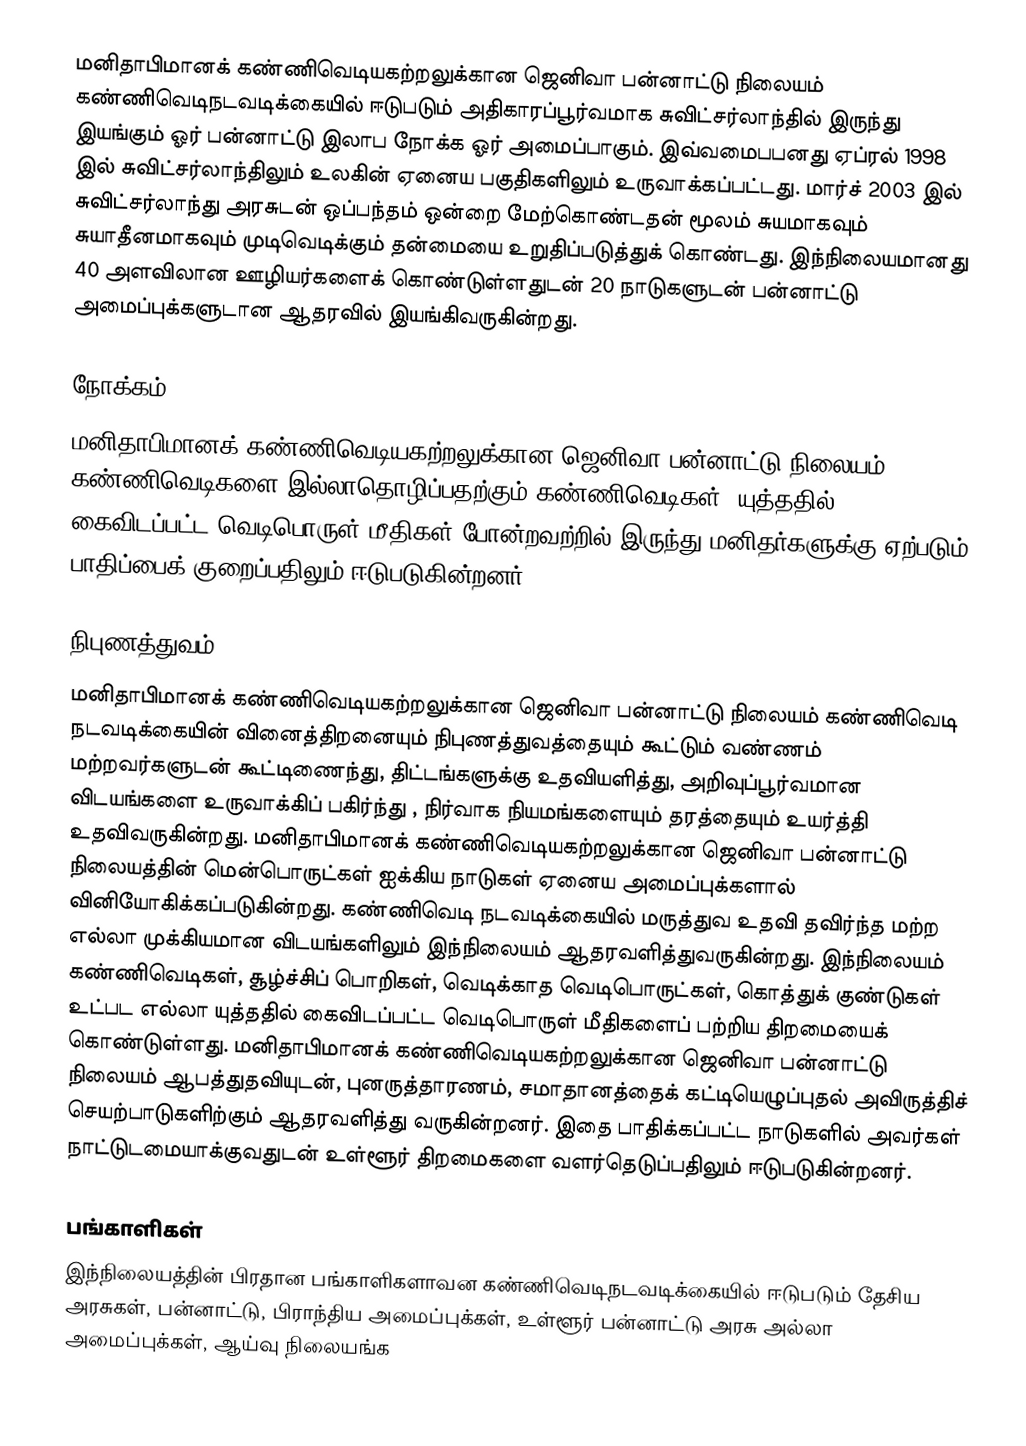
மனிதாபிமானக் கண்ணிவெடியகற்றலுக்கான ஜெனிவா பன்னாட்டு நிலையம் கண்ணிவெடிநடவடிக்கையில் ஈடுபடும் அதிகாரப்பூர்வமாக சுவிட்சர்லாந்தில் இருந்து இயங்கும் ஓர் பன்னாட்டு இலாப நோக்க ஓர் அமைப்பாகும். இவ்வமைபபனது ஏப்ரல் 1998 இல் சுவிட்சர்லாந்திலும் உலகின் ஏனைய பகுதிகளிலும் உருவாக்கப்பட்டது. மார்ச் 2003 இல் சுவிட்சர்லாந்து அரசுடன் ஒப்பந்தம் ஒன்றை மேற்கொண்டதன் மூலம் சுயமாகவும் சுயாதீனமாகவும் முடிவெடிக்கும் தன்மையை உறுதிப்படுத்துக் கொண்டது. இந்நிலையமானது 40 அளவிலான ஊழியர்களைக் கொண்டுள்ளதுடன் 20 நாடுகளுடன் பன்னாட்டு அமைப்புக்களுடான ஆதரவில் இயங்கிவருகின்றது.

நோக்கம்
மனிதாபிமானக் கண்ணிவெடியகற்றலுக்கான ஜெனிவா பன்னாட்டு நிலையம் கண்ணிவெடிகளை இல்லாதொழிப்பதற்கும் கண்ணிவெடிகள்,  யுத்ததில் கைவிடப்பட்ட வெடிபொருள் மீதிகள் போன்றவற்றில் இருந்து மனிதர்களுக்கு ஏற்படும் பாதிப்பைக் குறைப்பதிலும் ஈடுபடுகின்றனர்.

நிபுணத்துவம்
மனிதாபிமானக் கண்ணிவெடியகற்றலுக்கான ஜெனிவா பன்னாட்டு நிலையம் கண்ணிவெடி நடவடிக்கையின் வினைத்திறனையும் நிபுணத்துவத்தையும் கூட்டும் வண்ணம் மற்றவர்களுடன் கூட்டிணைந்து, திட்டங்களுக்கு உதவியளித்து, அறிவுப்பூர்வமான விடயங்களை உருவாக்கிப் பகிர்ந்து , நிர்வாக நியமங்களையும் தரத்தையும் உயர்த்தி உதவிவருகின்றது. மனிதாபிமானக் கண்ணிவெடியகற்றலுக்கான ஜெனிவா பன்னாட்டு நிலையத்தின் மென்பொருட்கள் ஐக்கிய நாடுகள் ஏனைய அமைப்புக்களால் வினியோகிக்கப்படுகின்றது. கண்ணிவெடி நடவடிக்கையில் மருத்துவ உதவி தவிர்ந்த மற்ற எல்லா முக்கியமான விடயங்களிலும் இந்நிலையம் ஆதரவளித்துவருகின்றது. இந்நிலையம் கண்ணிவெடிகள், சூழ்ச்சிப் பொறிகள், வெடிக்காத வெடிபொருட்கள், கொத்துக் குண்டுகள் உட்பட எல்லா யுத்ததில் கைவிடப்பட்ட வெடிபொருள் மீதிகளைப் பற்றிய திறமையைக் கொண்டுள்ளது. மனிதாபிமானக் கண்ணிவெடியகற்றலுக்கான ஜெனிவா பன்னாட்டு நிலையம் ஆபத்துதவியுடன், புனருத்தாரணம், சமாதானத்தைக் கட்டியெழுப்புதல் அவிருத்திச் செயற்பாடுகளிற்கும் ஆதரவளித்து வருகின்றனர். இதை பாதிக்கப்பட்ட நாடுகளில் அவர்கள் நாட்டுடமையாக்குவதுடன் உள்ளூர் திறமைகளை வளர்தெடுப்பதிலும் ஈடுபடுகின்றனர்.

பங்காளிகள்
இந்நிலையத்தின் பிரதான பங்காளிகளாவன கண்ணிவெடிநடவடிக்கையில் ஈடுபடும் தேசிய அரசுகள், பன்னாட்டு, பிராந்திய அமைப்புக்கள், உள்ளூர் பன்னாட்டு அரசு அல்லா அமைப்புக்கள், ஆய்வு நிலையங்க